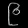
Digit: ၉